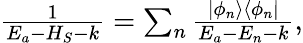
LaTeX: \begin{array}{r}{\frac{1}{E_{a}-H_{S}-k}=\sum_{n}\frac{|\phi_{n}\rangle\langle\phi_{n}|}{E_{a}-E_{n}-k},}\end{array}